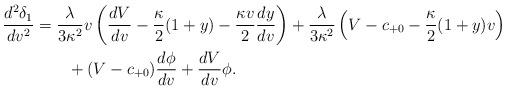
LaTeX: \begin{align*} \frac{d^2\delta_1}{dv^2}&=\frac{\lambda}{3\kappa^2}v\left(\frac{dV}{dv}-\frac{\kappa}{2}(1+y)-\frac{\kappa v}{2}\frac{dy}{dv}\right)+\frac{\lambda}{3\kappa^2}\left(V-c_{+0}-\frac{\kappa}{2}(1+y)v\right)\\&\qquad+(V-c_{+0})\frac{d\phi}{dv}+\frac{dV}{dv}\phi.\end{align*}